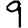
Digit: 9